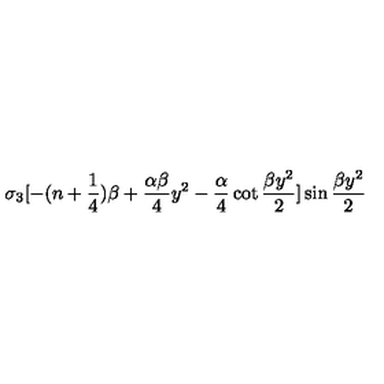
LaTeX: \sigma _ { 3 } [ - ( n + { \frac { 1 } { 4 } } ) \beta + { \frac { \alpha \beta } { 4 } } y ^ { 2 } - { \frac { \alpha } { 4 } } \cot { \frac { \beta y ^ { 2 } } { 2 } } ] \sin { \frac { \beta y ^ { 2 } } { 2 } }